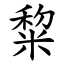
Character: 䊍